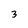
Character: 3